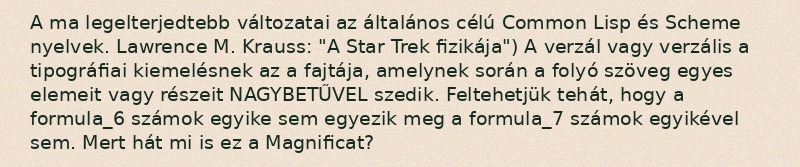
A ma legelterjedtebb változatai az általános célú Common Lisp és Scheme nyelvek. Lawrence M. Krauss: "A Star Trek fizikája") A verzál vagy verzális a tipográfiai kiemelésnek az a fajtája, amelynek során a folyó szöveg egyes elemeit vagy részeit NAGYBETŰVEL szedik. Feltehetjük tehát, hogy a formula_6 számok egyike sem egyezik meg a formula_7 számok egyikével sem. Mert hát mi is ez a Magnificat?